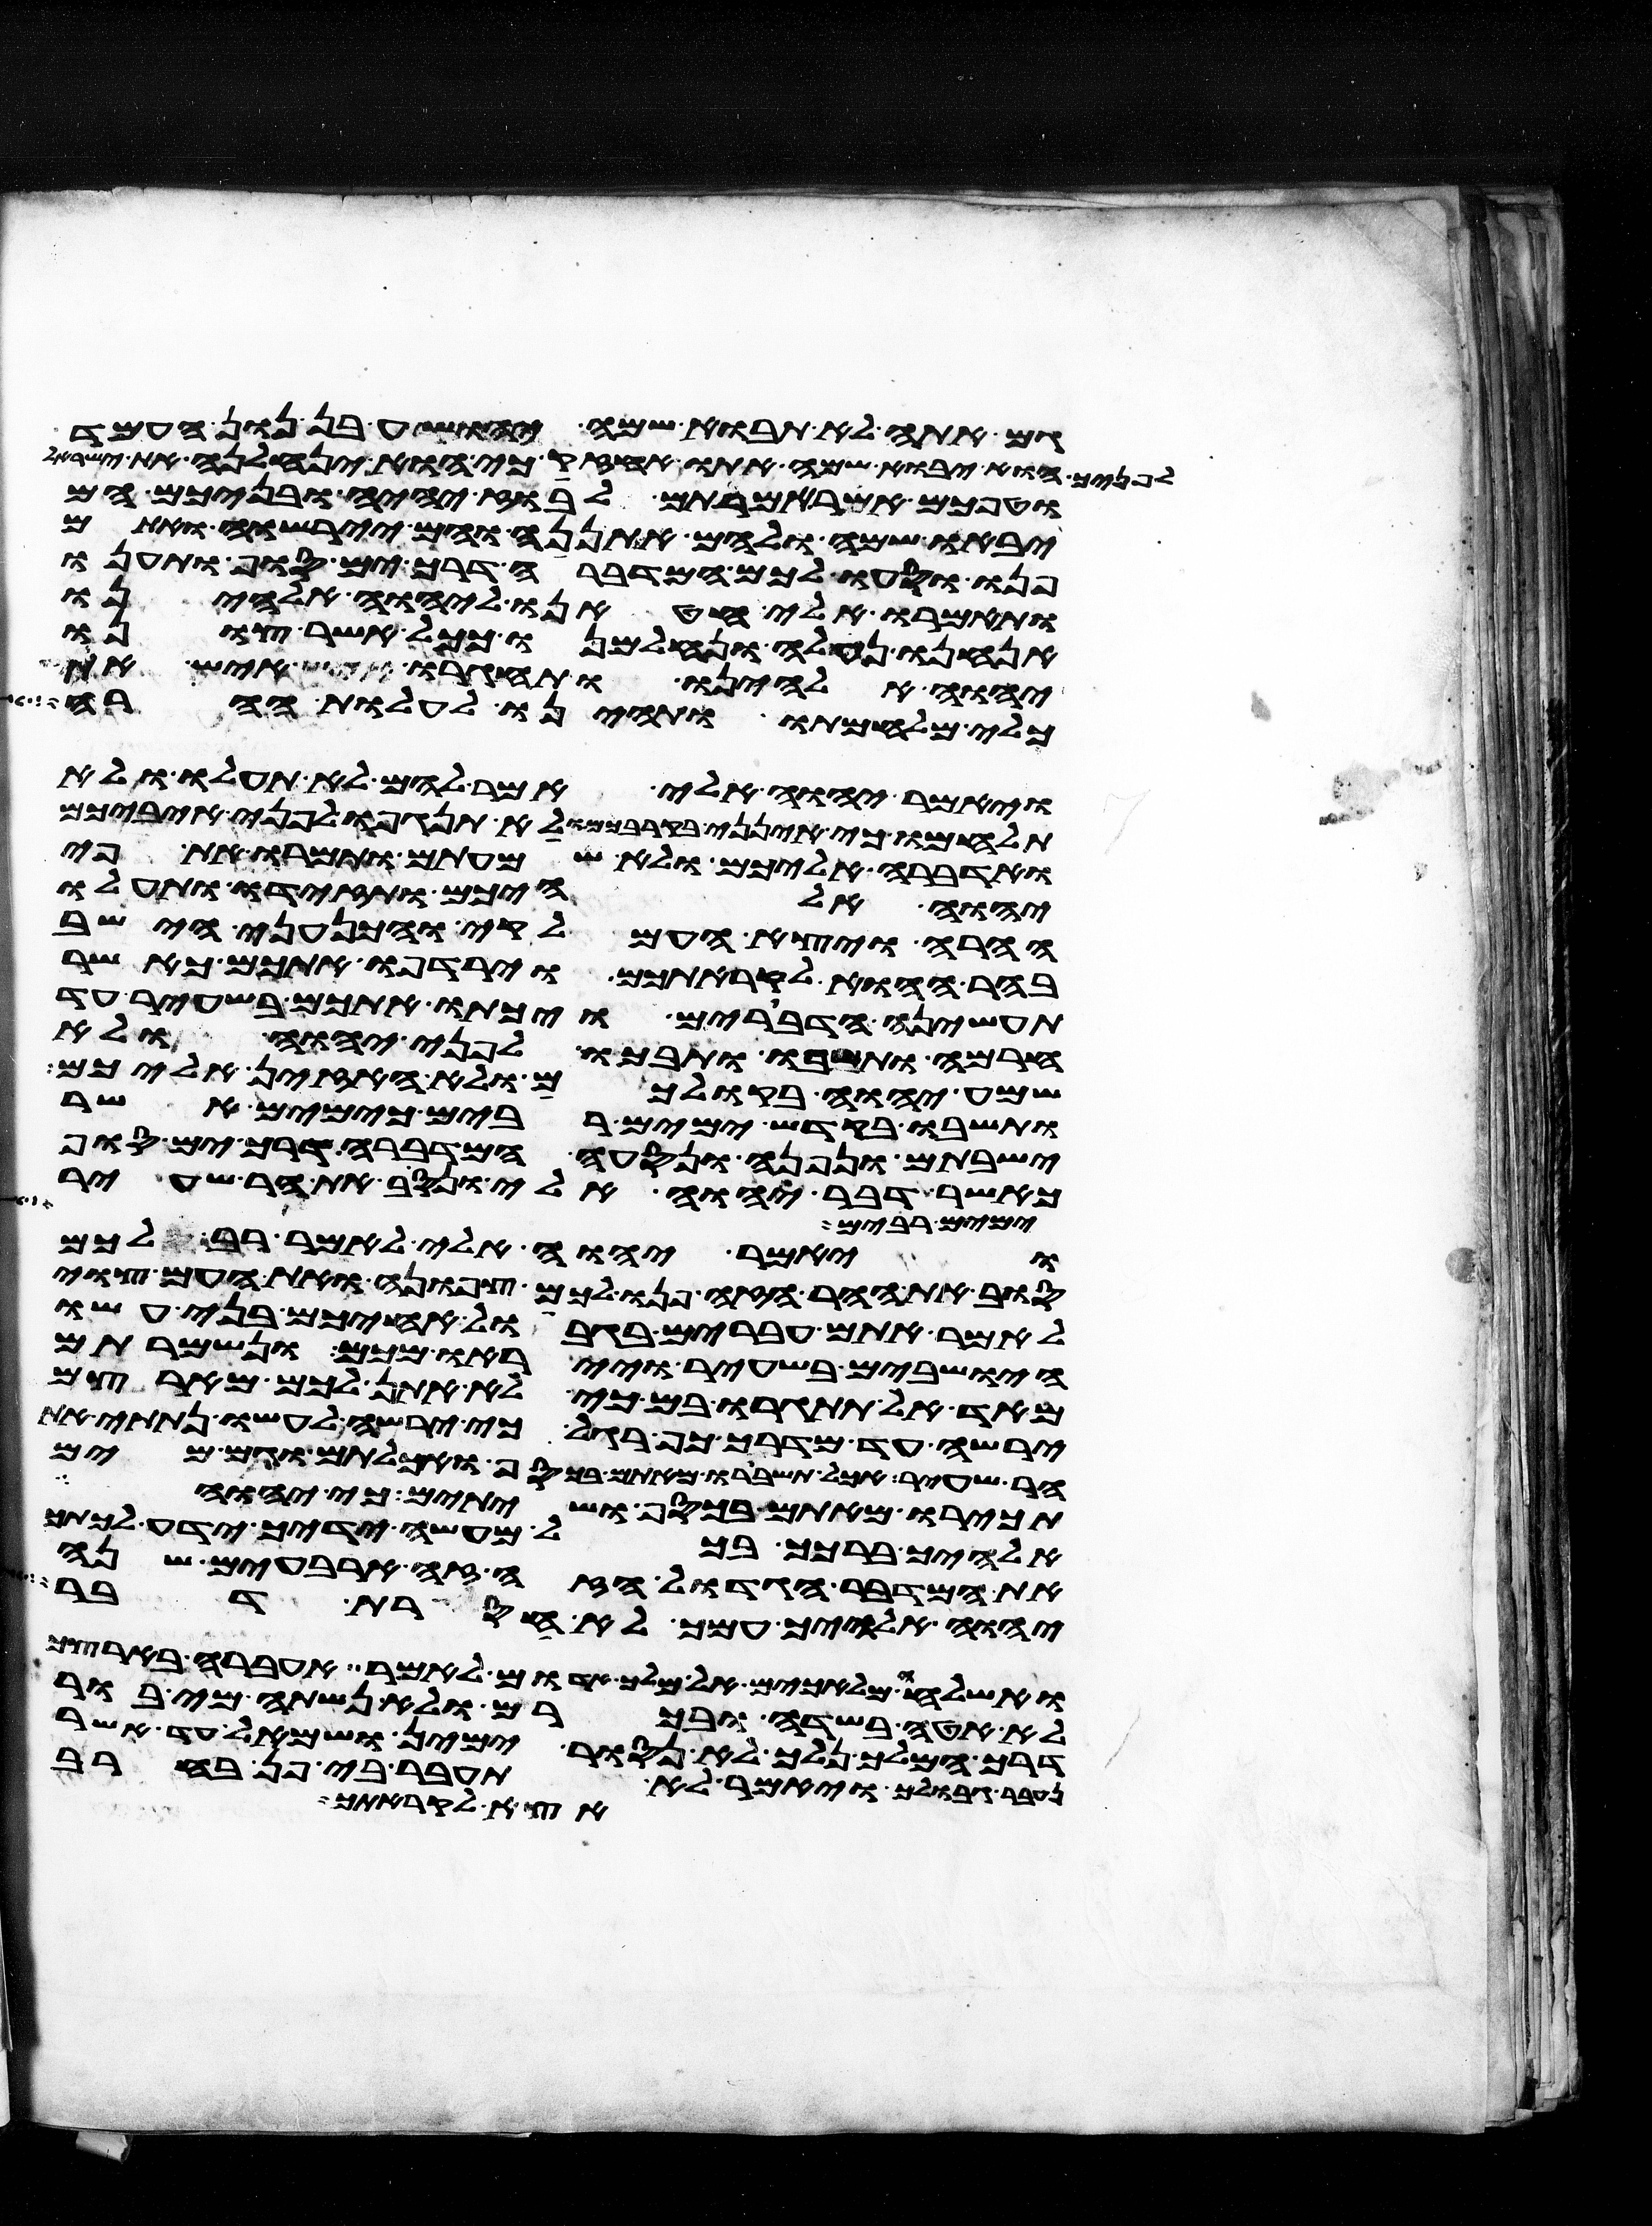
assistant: גם אתה לא תבוא שמה יהושע בן נון העמד
לפניך הוא יבוא שמה אתו אחזיק כי הוא ינחלנה את ישראל
וטפכם אשר אמרתם לבוז יהיה ובניכם הם
יבאו שם ולהם אתננה והם יירשוה ואתם
פנו וסעו לכם המדברה דרך ים סוף ותענו
ותאמרו אלי חטאנו ליהוה אלהינו
אנחנו נעלה ונלחמנו ככל אשר צונו
יהוה אלהינו ותחגרו איש את כלי
כלי מלחמתו ותהיינו לעלות ההרה
ויאמר יהוה אלי אמר להם לא תעלו ולא
תלחמו כי אינני בקרבכם ולא תנגפו לפני איביכם
ואדברה אליכם ולא שמעתם ותמרו את פי
יהוה אלהיכם ותזידו ותעלו
ההרה ויצא העמלקי והכנעני הישב
בהר ההוא לקראתכם וירדפו אתכם כאשר
תעשינה הדברים ויכתו אתכם בשעיר עד
חרמה ותשבו ותבכו לפני יהוה ולא
שמע יהוה בקולכם ולא האזין אליכם
ותשבו בקדש ימים רבים כימים אשר
ישבתם ונפנה ונסעה המדברה דרך ים סוף
כאשר דבר יהוה אלי ונסב את הר שעיר
ימים רבים
ויאמר יהוה אלי לאמר רב לכם
סוב את ההר הזה פנו לכם צפונה ואת העם צוי
לאמר אתם עברים בגבול אחיכם בני עשו
הישבים בשעיר וייראו מכם ונשמרתם
מאד אל תתגרו בם כי לא אתן לכם מארצם
ירשה עד מדרך כף רגל כי ירשה לעשו נתתי את
הר שעיר אכל תשברו מאתם בכסף ואכלתם וגם מים
תכירו מאתם בכסף ושתיתם כי יהוה
אלהיך ברכך בכל מעשה ידיך ידע לכתך
את המדבר הגדול הזה זה ארבעים שנה
יהוה אלהיך עמך לא חסרת דבר
ואשלחה מלאכים אל מלך אדום לאמר אעברה בארצך
לא אטה בשדה ובכרם ולא נשתה מי בור
דרך המלך נלך לא נסור ימין ושמאל עד אשר
גבולך ויאמר לא תעבר בי פן בחרב
אצא לקראתך